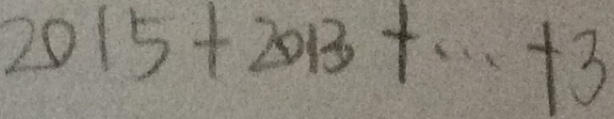
2 0 1 5 + 2 0 1 3 + \cdots + 3